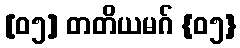
[၀၅] တတိယမဂ် {၀၅}